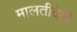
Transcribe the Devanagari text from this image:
मालतीदेवी